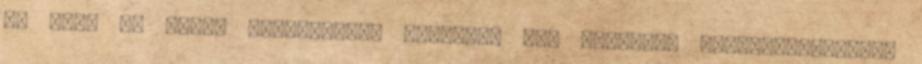
De cúna az óceán mosztanában mifelénk Egy bácsikát gombamérgezéssel